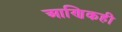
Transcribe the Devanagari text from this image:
आणिकही